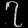
Digit: ၇